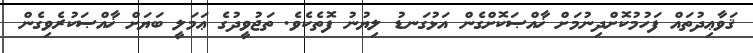
ޤަވާޢިދުތައް ފަހުމުކޮށްދިނުމަށް ޚާއްޞަކޮށްގެން އަޅުގަނޑު ލިޔުނު ފޮތެކެވެ. ތަޖުވީދުގެ ޢަމަލީ ބަޔަށް ޚާއްޞަކުރެވިގެން